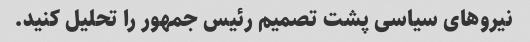
نیروهای سیاسی پشت تصمیم رئیس جمهور را تحلیل کنید.